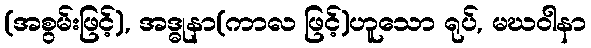
(အစွမ်းဖြင့်), အဒ္ဓုနာ(ကာလ ဖြင့်)ဟူသော ရုပ်, မဃဝါနာ